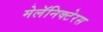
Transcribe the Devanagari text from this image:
मेलॅनिक्टेरस